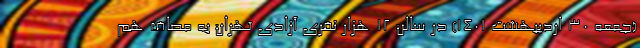
(جمعه 30 اردیبهشت 1401) در سالن 12 هزار نفری آزادی تهران به مصاف هم